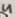
Text: 4